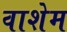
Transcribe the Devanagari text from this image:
वाशेम